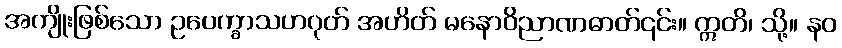
အကျိုးဖြစ်သော ဥပေက္ခာသဟဂုတ် အဟိတ် မနောဝိညာဏဓာတ်၎င်း။ ဣတိ၊ သို့။ နဝ